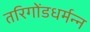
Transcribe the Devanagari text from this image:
तरिगोंडधर्मन्न